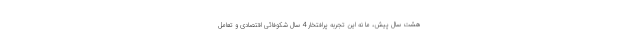
هشت سال پیش، ما نه این تجربه پُرافتخار 4 سال شکوفائی اقتصادی و تعامل